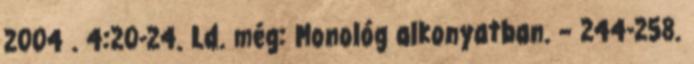
2004 . 4:20-24. Ld. még: Monológ alkonyatban. – 244-258.